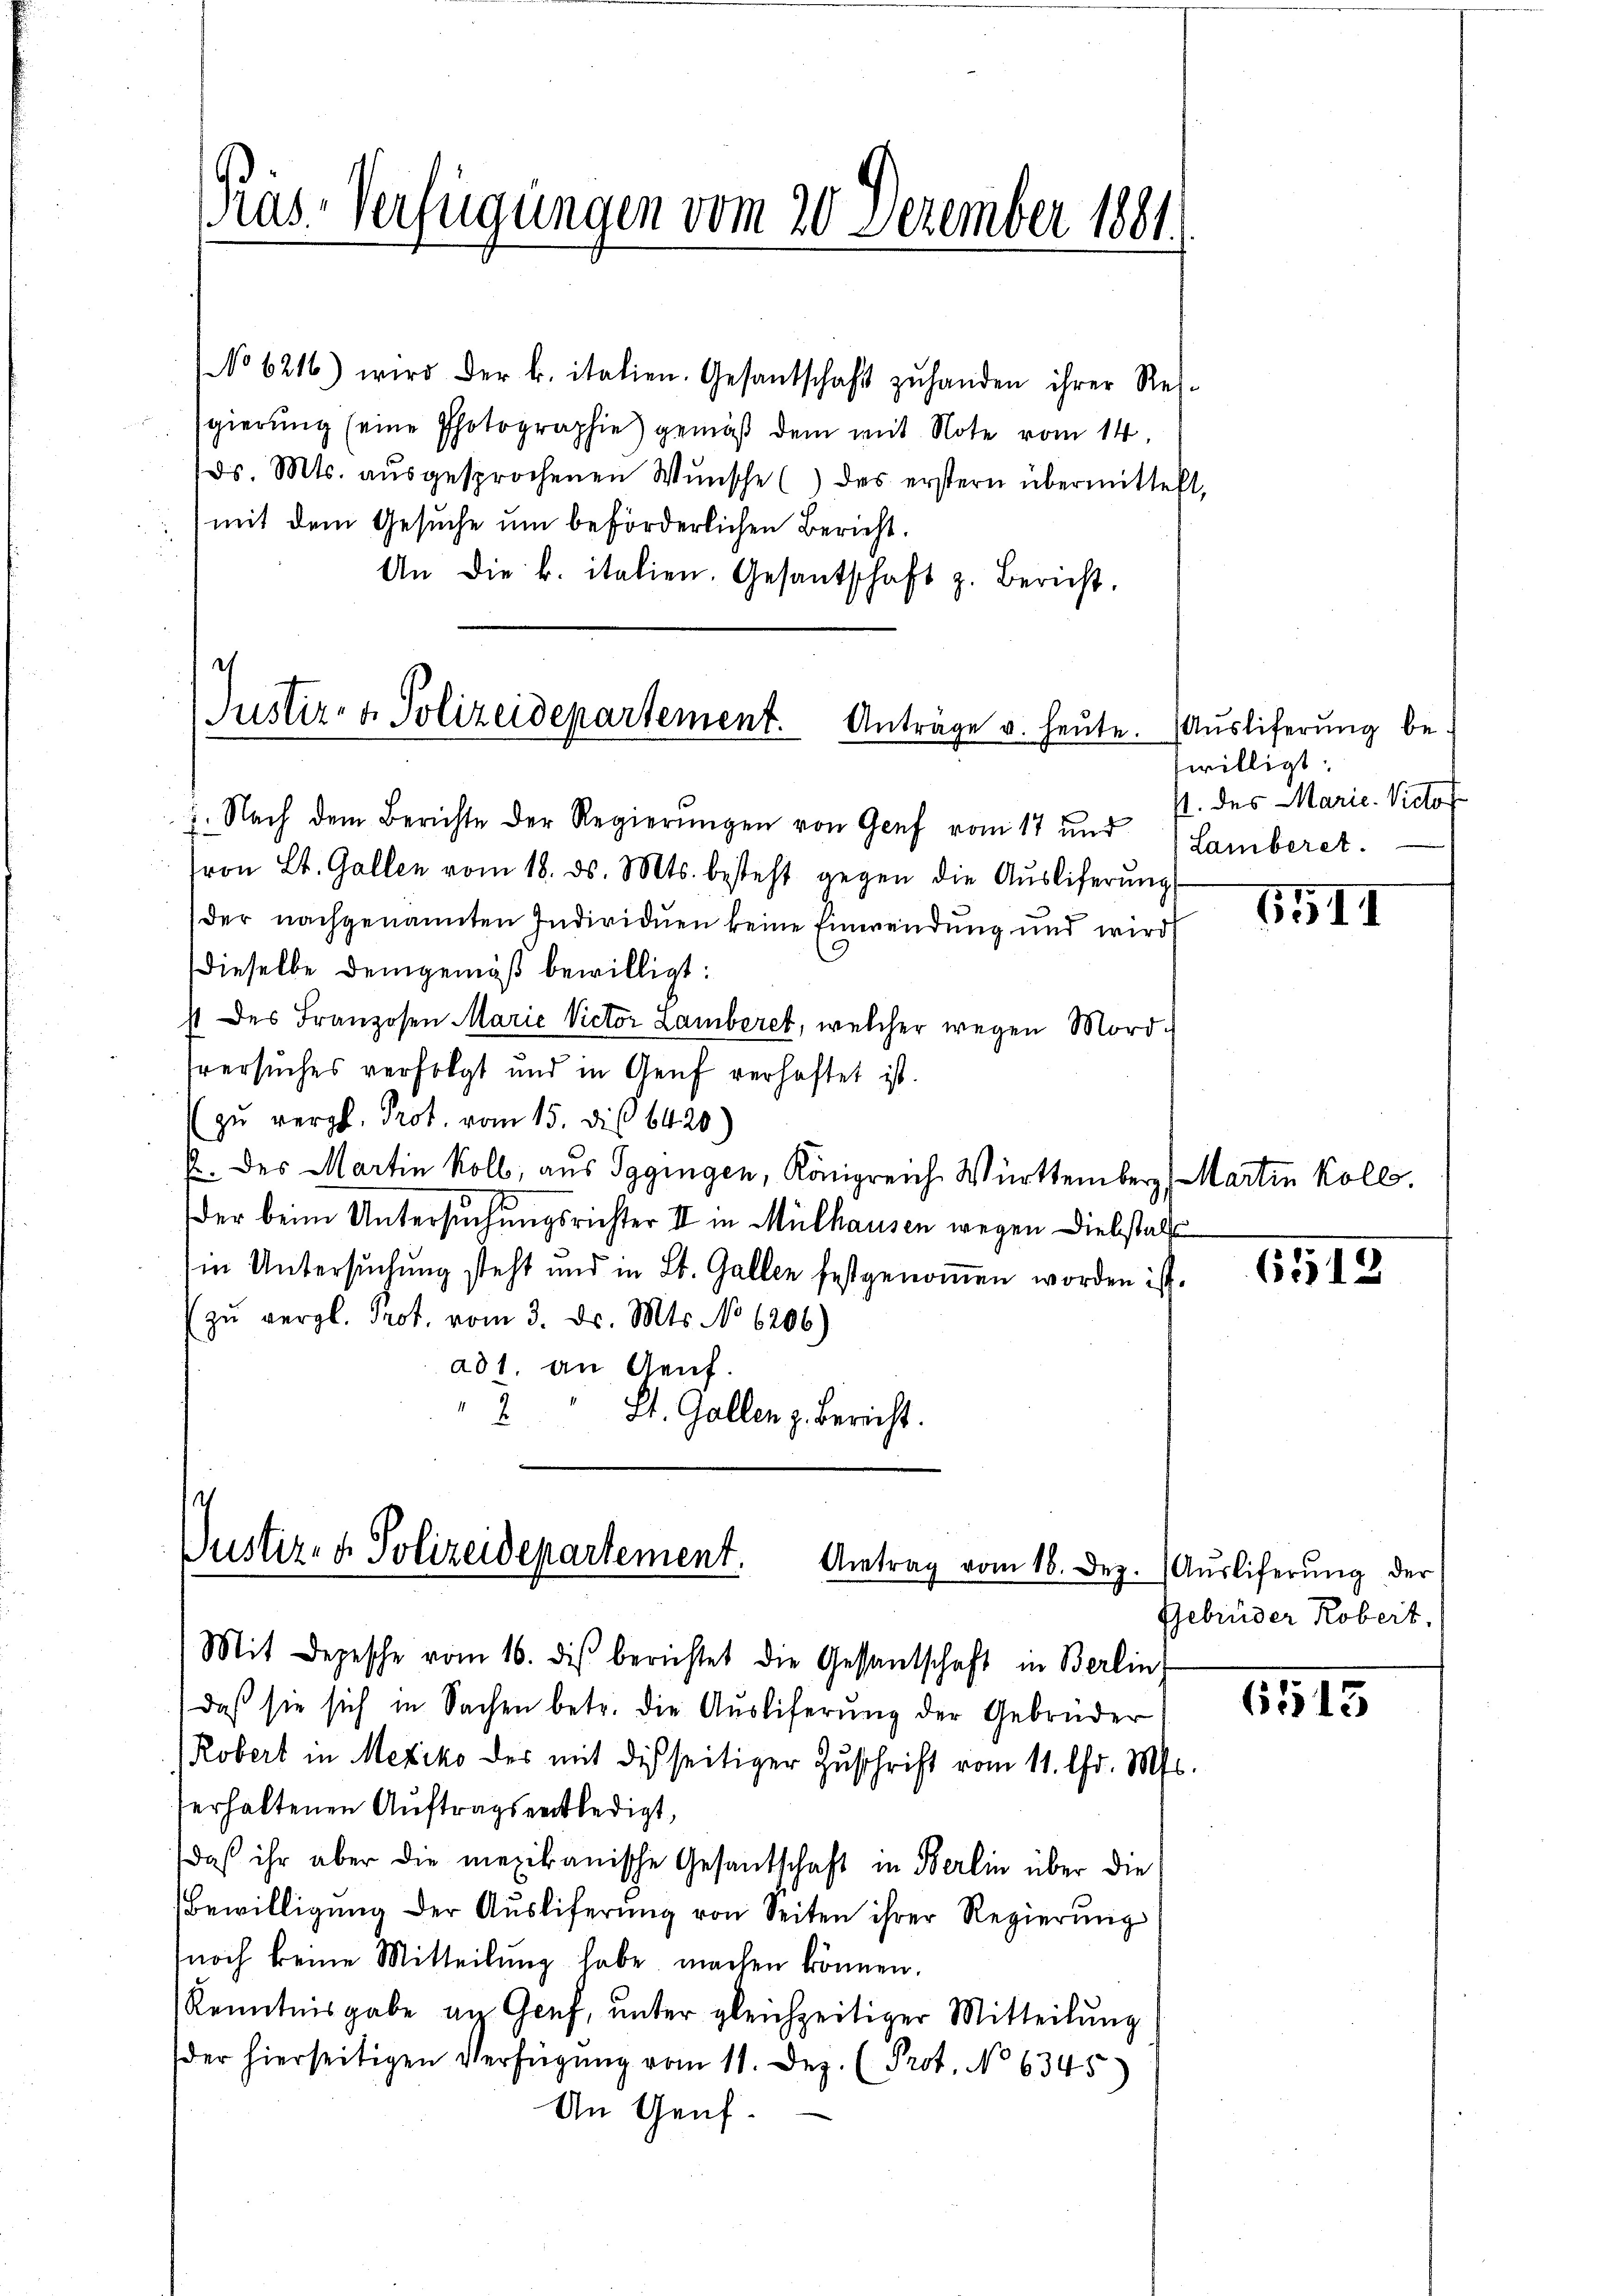
ras. Verfügungen vom 20 Dezember 1881.

No 6216) wird der k. italien. Gesantschaft zŭ handen ihrer Res-
gierung seine Photographie) gemäß dem mit Note vom 14.
ds. Mts. aŭsgesprochenen Wŭnsche (des erstern übermittelt,
mit dem Gesuche um beförderlichen Bericht.
An die k. italien. Gesantschaft z. Bericht.
.

Justiz- & Polizeidepartement. Anträge u. heute.

1. Nach dem Berichte der Regierŭngen von Genf vom 17 und 1 Lamberet.
von Lt. Gallen vom 18. ds. Mts. besteht gegen die Aŭsliferŭng
der nachgenannten Individuen keine Einwendung und wird
dieselbe Demgemäß bewilligt:
4 des Franzosen Marie Victor Lamberet, welcher wegen Mordsversuches verfolgt und in Genf verhaftet ist.
zŭ vergl. Prot. vom 15. die 6420)
E. des Martin Koll, aus Sggingen, Königreich Württemberg, Martin Kolle.
der beim Untersuchungsrichter II in Mülhausen wegen Diebstalt
in Untersuchung steht und in St. Gallen festgenommen worden ist.
 zŭ vergl. Prot. vom 3. d. Mts. No 6206)
ad1. an Genf.
2
St. Gallen z. Bericht.

Vustiz- & Polizeidepartement. Antrag vom 18. Dez.

Mit Depesche vom 16. di berichtet die Gestantschaft in Berlin
daß sie sich in Sachen betr. die Auslieferŭng der Gebrüder
Robert in Mexiko der mit desseitiger Zuschrift vom 11. Chr. M
erhaltenen Auftragsentledigt,
daß ihr aber die mexikanische Gesandtschaft in Berlin über die
Bewilligŭng der Aŭsliferŭng von Seiten ihrer Regierŭng
noch keine Mitteilung habe machen können.
Kenntnisgabe an Genf, unter gleichzeitiger Mitteilung
der hierseitigen Verfügung vom 11. Dez. (Prot. No 6345)
An Genf.

Auslieferung bewilligt.
p. des Marie. Victor

b

6111

6518

Auslieferung der
Gebrüder Robert,

6513